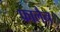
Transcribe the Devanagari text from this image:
फालैन